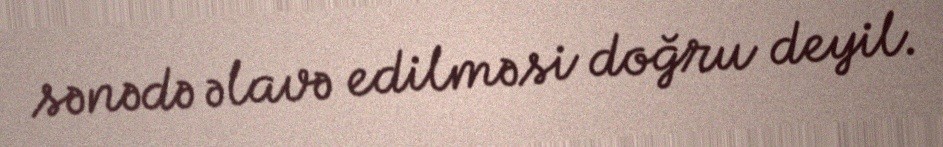
sənədə əlavə edilməsi doğru deyil.